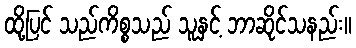
ထို့ပြင် သည်ကိစ္စသည် သူနှင့် ဘာဆိုင်သနည်း။